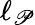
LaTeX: \ell_{\mathscr{P}}